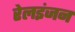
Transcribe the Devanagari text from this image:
रेलइंजन